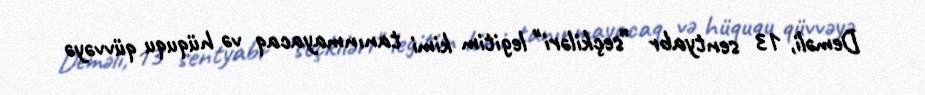
Deməli, 13 sentyabr ”seçkiləri" legitim kimi tanınmayacaq və hüququ qüvvəyə